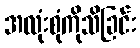
အလုံးစုံကိုသိခြင်း